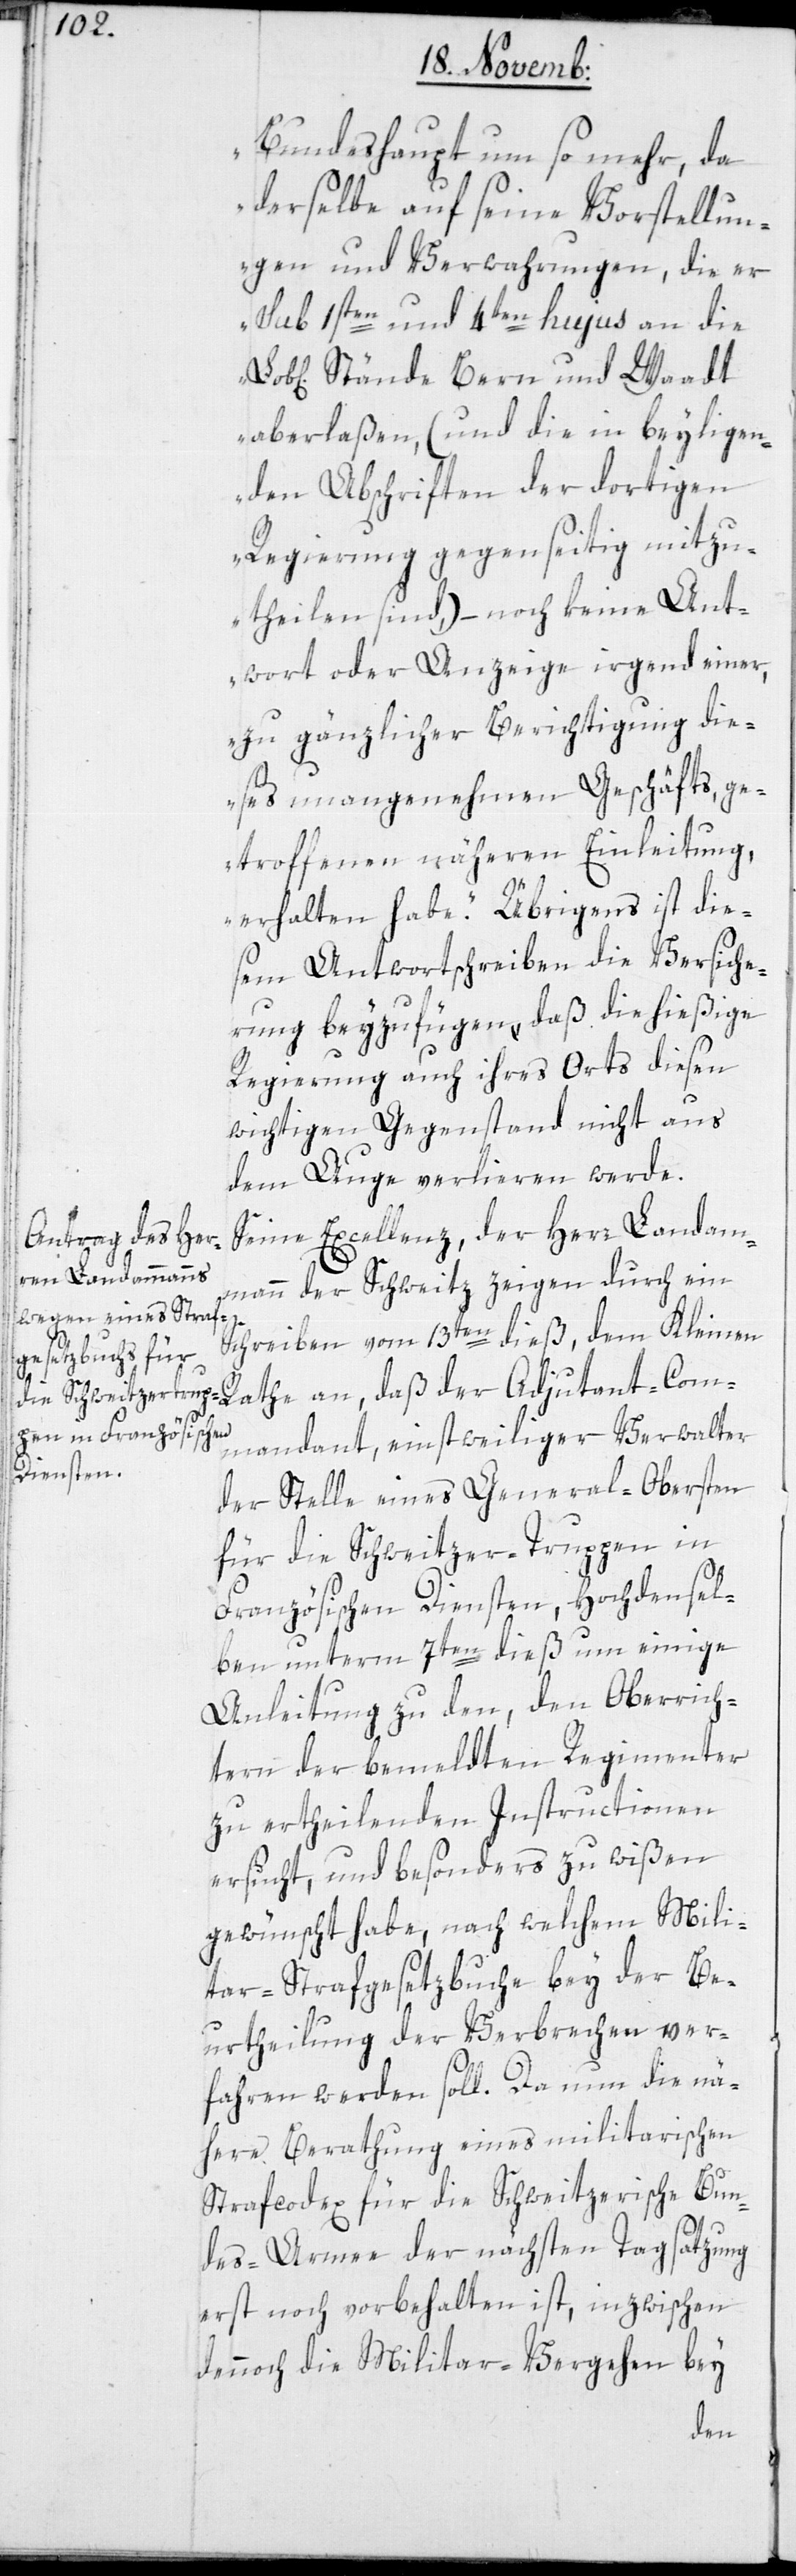
Adjudant-Com¬
Bundeshaupt um so mehr, da
derselbe auf seine Vorstellun¬
gen und Verwahrungen, die er
sub 1sten und 4ten hujus an die
Stände Bern und Waadt
aberlaßen, (und die in beyliegen¬
den Abschriften der dortigen
Regierung gegenseitig mitzu¬
theilen sind,) – noch keine Ant¬
wort oder Anzeige irgend einer,
zu gänzlicher Berichtigung die¬
ses unangenehmen Geschäfts, ge¬
troffenen näheren Einleitung,
erhalten habe.“ Übrigens ist die¬
sem Antwortschreiben die Versiche¬
rung beyzufügen, daß die hießige
Regierung auch ihres Orts diesen
wichtigen Gegenstand nicht aus
dem Auge verlieren werde.
Seine Excellenz der Herr Landam¬
mann der Schweitz zeigen durch ein
Schreiben vom 13ten dieß, dem Kleinen
mandant, einstweiliger Verwalter
der Stelle eines General-Obersten
für die Schweitzertruppen in
Französischen Diensten, Hochdensel¬
ben unterm 7ten dieß um einige
Anleitung zu den, den Oberrich¬
tern der bemeldten Regimenter
zu ertheilenden Instructionen
ersucht, und besonders zu wißen
gewünscht habe, nach welchem Mili¬
tar-Strafgesetzbuche bey der Be¬
urtheilung der Verbrechen ver¬
fahren werden soll. Da nun die nä¬
here Berathung eines militarischen
Strafcodex für die schweizerische Bun¬
des-Armee der nächsten Tagsatzung
erst noch vorbehalten ist, inzwischen
dennoch die Militar-Vergehen bey
der